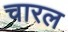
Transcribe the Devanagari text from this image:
चारल